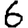
Digit: 6